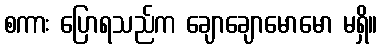
စကား ပြောရသည်က ချောချောမောမော မရှိ။